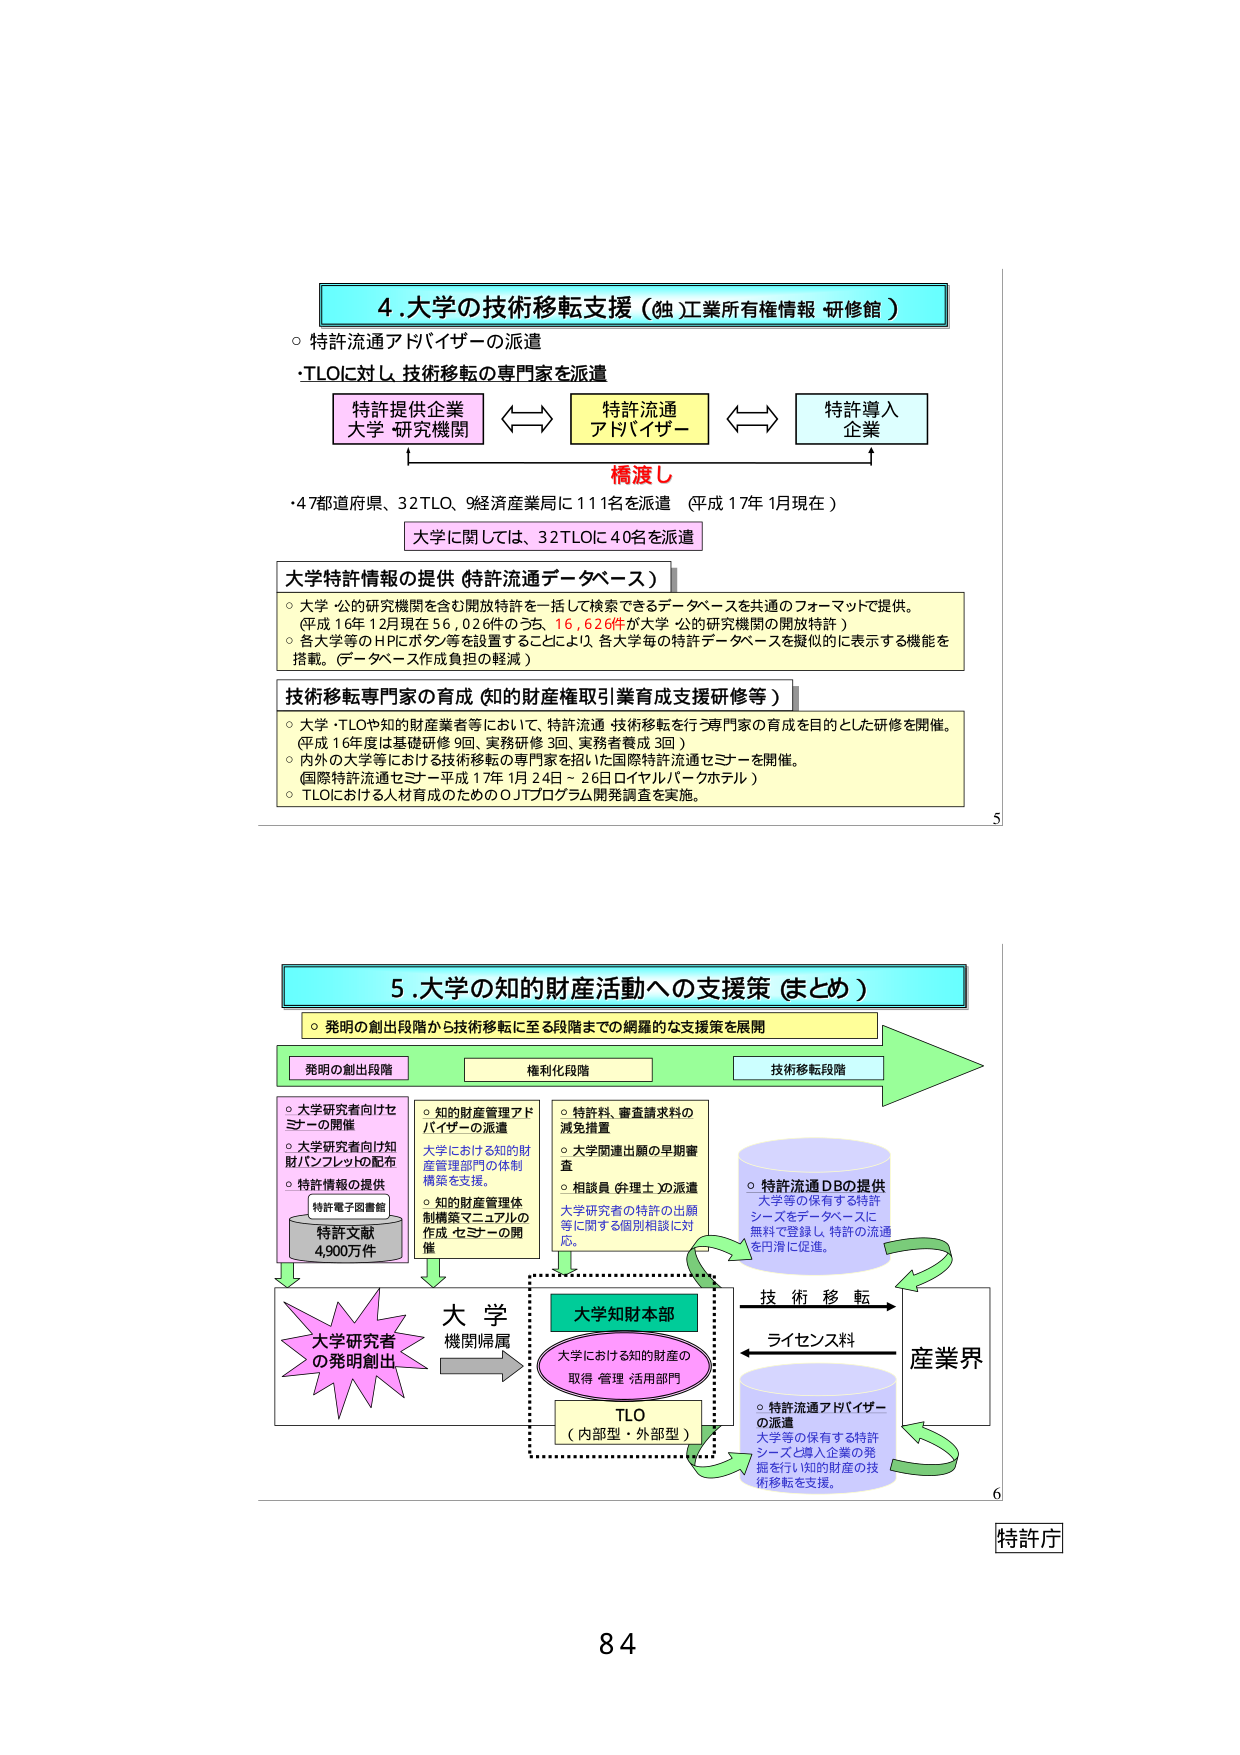
4.大学の技術移転支援（独 工業所有権情報 研修館）
○ 特許流通アドバイザーの派遣
・TLOに対し、技術移転の専門家を派遣
特許提供企業
大学 研究機関
特許流通
アドバイザー
特許導入
企業
橋渡し
・47都道府県、32TLO、9経済産業局に111名を派遣（平成17年1月現在）
大学に関しては、32TLOに40名を派遣
大学特許情報の提供（特許流通データベース）
○ 大学・公的研究機関を含む開放特許を一括して検索できるデータベースを共通のフォーマットで提供。
（平成16年12月現在56,026件のうち、16,626件が大学・公的研究機関の開放特許）
○ 各大学等のHPにボタン等を設置することにより、各大学毎の特許データベースを擬似的に表示する機能を
搭載。（データベース作成負担の軽減）
技術移転専門家の育成（知的財産権取引業育成支援研修等）
○ 大学・TLOや知的財産業者等において、特許流通・技術移転を行う専門家の育成を目的とした研修を開催。
（平成16年度は基礎研修9回、実務研修3回、実務者養成3回）
○ 内外の大学等における技術移転の専門家を招いた国際特許流通セミナーを開催。
（国際特許流通セミナー平成17年1月24日～26日ロイヤルパークホテル）
○ TLOにおける人材育成のためのOJTプログラム開発調査を実施。
5.大学の知的財産活動への支援策（まとめ）
○ 発明の創出段階から技術移転に至る段階までの網羅的な支援策を展開
発明の創出段階
権利化段階
技術移転段階
○ 大学研究者向けセミナーの開催
○ 大学研究者向け知財パンフレットの配布
○ 特許情報の提供
特許電子図書館
特許文献
4,900万件
○ 知的財産管理アドバイザーの派遣
大学における知的財産管理部門の体制構築を支援。
○ 知的財産管理体制構築マニュアルの作成・セミナーの開催
○ 特許料、審査請求料の減免措置
○ 大学関連出願の早期審査
○ 相談員（弁理士）の派遣
大学研究者の特許の出願等に関する個別相談に対応。
○ 特許流通DBの提供
大学等の保有する特許シーズをデータベースに無料で登録し、特許の流通を円滑に促進。
大学研究者の発明創出
大学
機関帰属
大学知財本部
大学における知的財産の取得・管理・活用部門
TLO
（内部型・外部型）
技術移転
ライセンス料
産業界
○ 特許流通アドバイザーの派遣
大学等の保有する特許シーズと導入企業の発掘を行い、知的財産の技術移転を支援。
特許庁
84